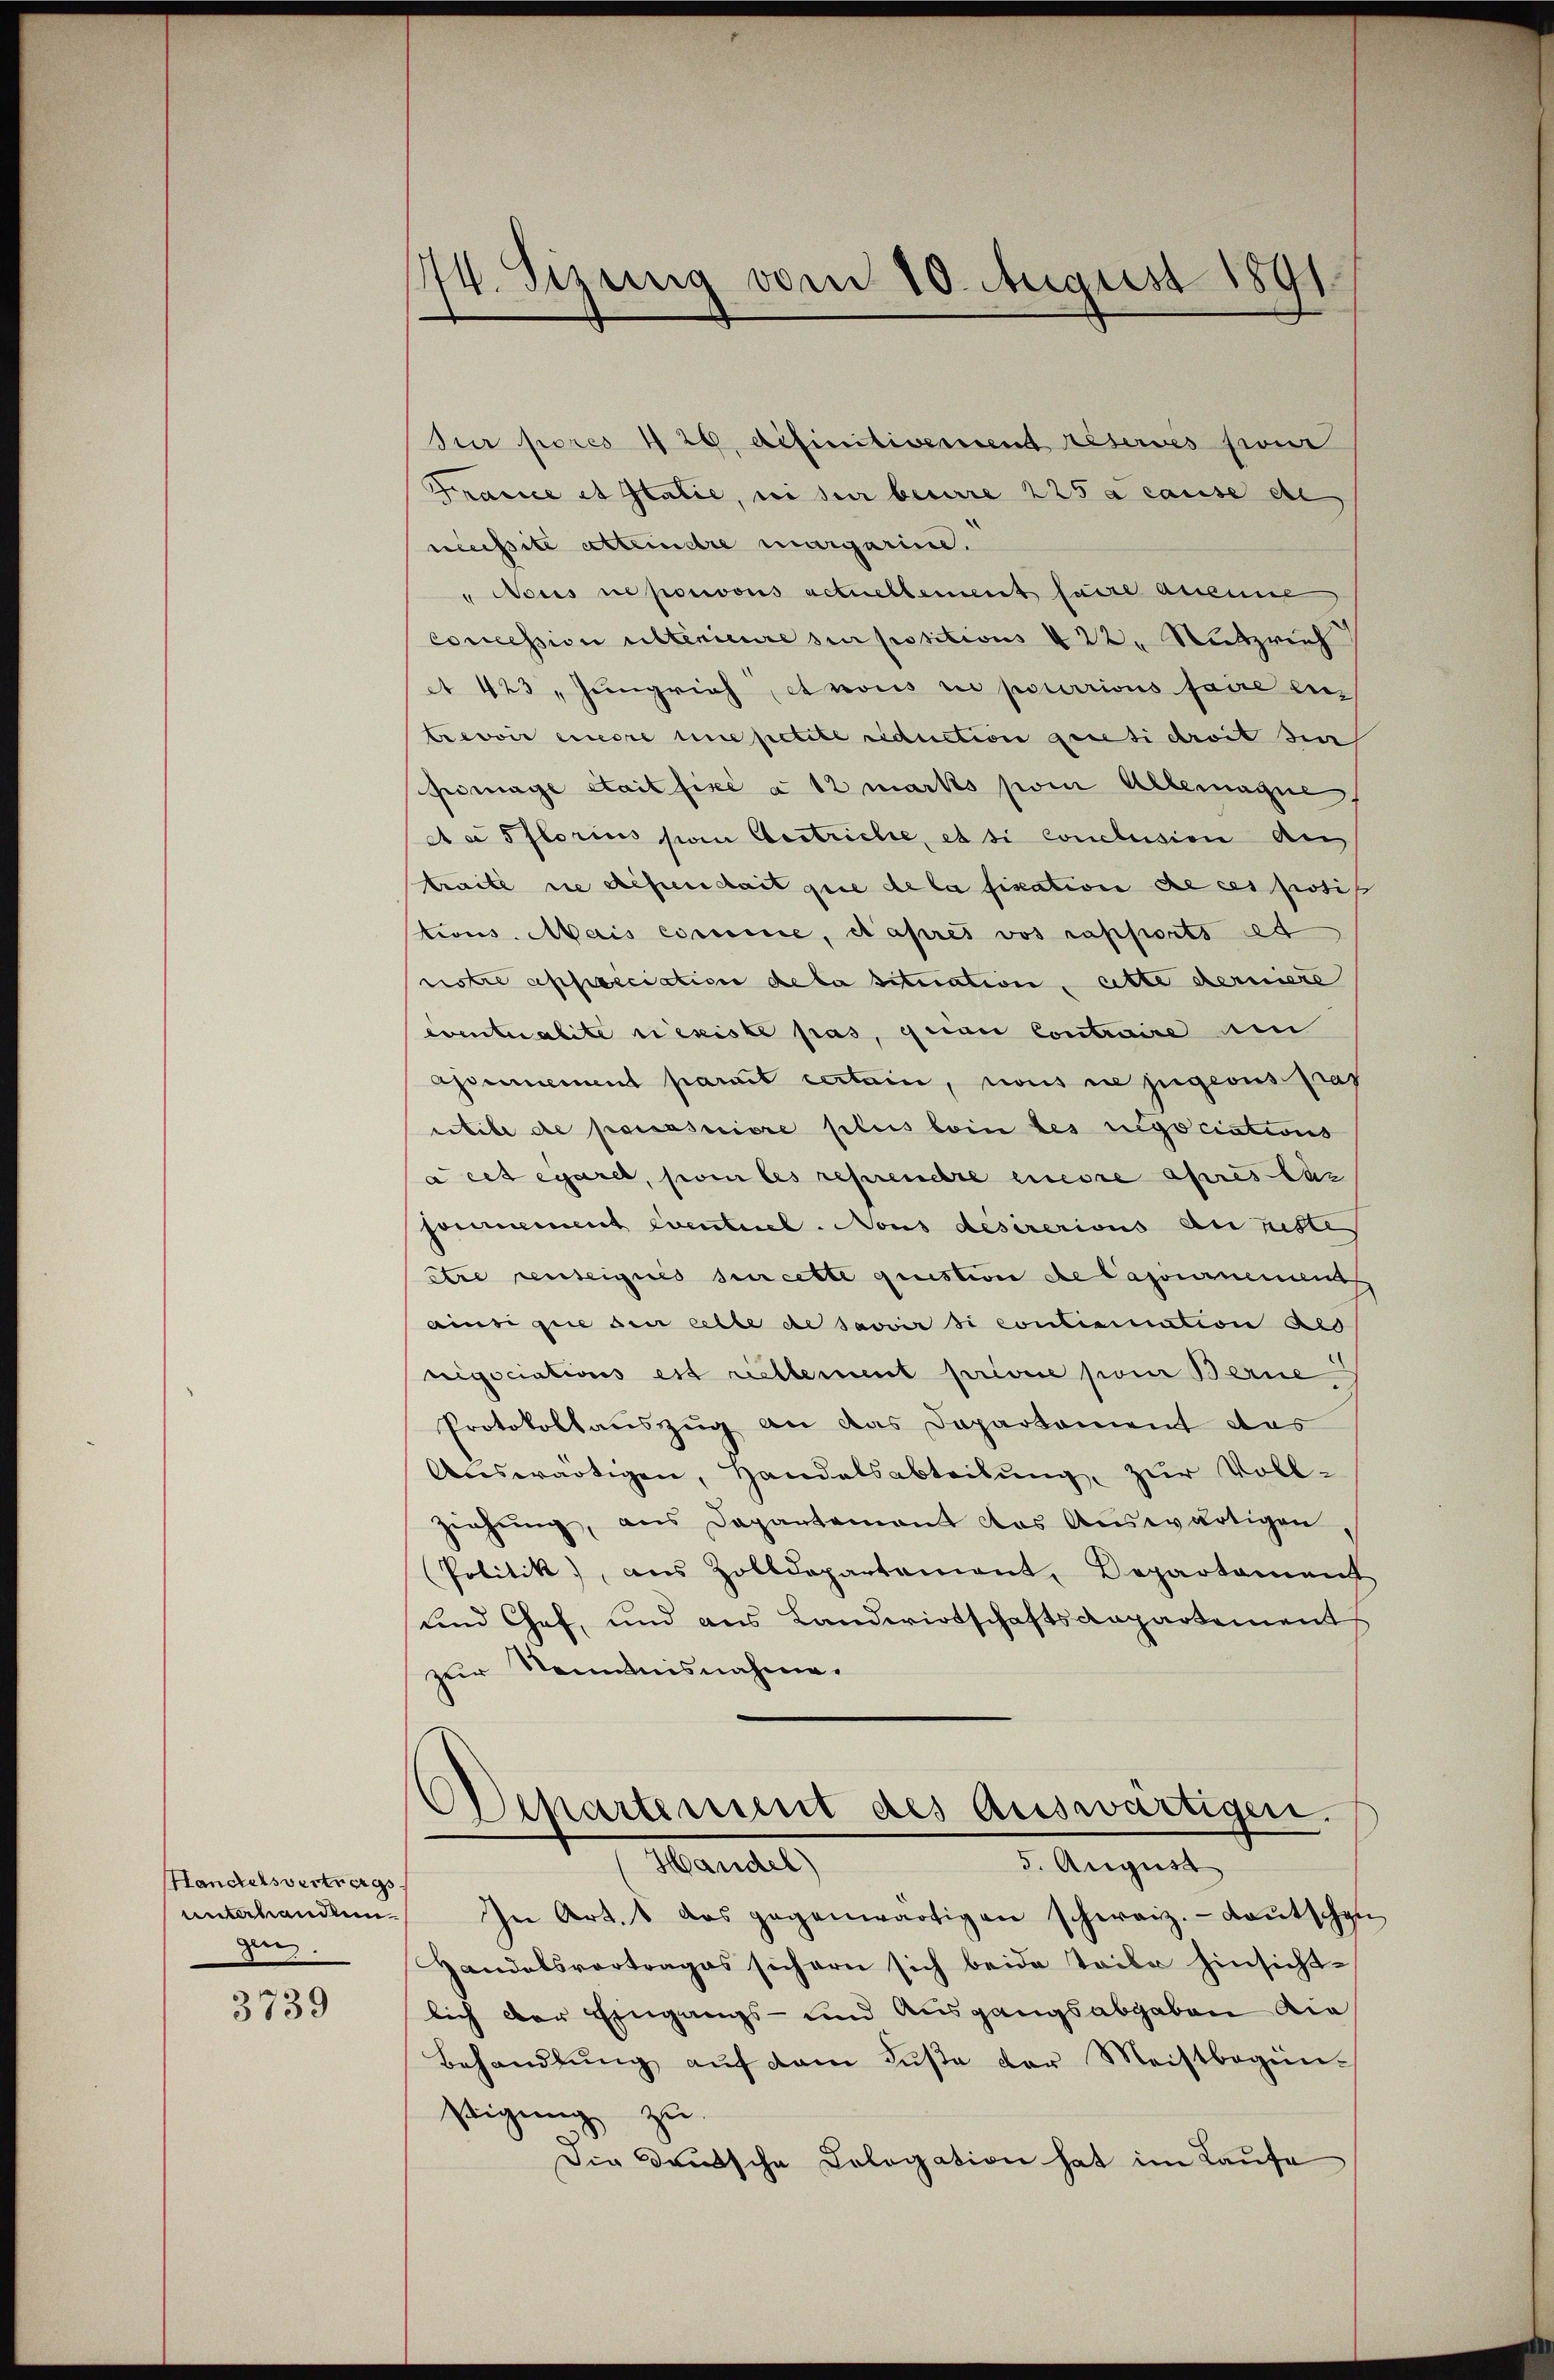
Handelsvertrags
unterhandlen
ge

3739

74. Sizung vom 10. August 1891.

Jur pores 4 20. definitivement reservés pour
France et Italie, ni sur beirre 225 a cause de
nssite attendre margarine.
Nous ne posions actuellement faire aneine
concession untenieure sur positions & 22. Nutzrich
 423 „ Jungrich, et nous ce pourrions faire letrevoir einere une petite riduction genesi droit sin
prmage était fixe à 12 marks vom Alteragne
Aasflorius son Aestriche, et si conclusion de
traite die Lesendait que de la fiscation de ces posit
stions. Mais comme, d’apres vos rapports et
notre apspeciation de la situation, eitte derniere
eventualite existe pas, quai Contraire un
Assecrement paris certain, nous nie zugeous pras
rlibe de poursuivre plus bein des regociations
acet egaret, soin les reprenere einere apres Laz
sonnement eventiel. Nous desirerious an ritte
être renteigués sur cette question de Caponnement
ainsi que der elte de savoir si contimation als
nigociations est reellement privée par Berne
Protokollauszug an das Departement das
Auswärtigen, Handelsabteilŭng, zur Voll-
ziehung, aus Departement das Auswärtigen
(Politik aus Zolldepartement, Departament
und Chef, und aus Landwirtschaftsdepartement
zur Kenntnisnahme.
Departement des Auswärtigen.
Handel)
5. August
In Art. 1 das gegenwärtigen schweiz. Laŭtschen
Handelsvertrages sichern sich beide Teile hinsicht-
lich der Eingangs- und Ausgangsabgaben die
Behandlŭng aŭf dem Fuße der Meistbegün-
sigung zu
Die Druksche Cologation hat im Laufe